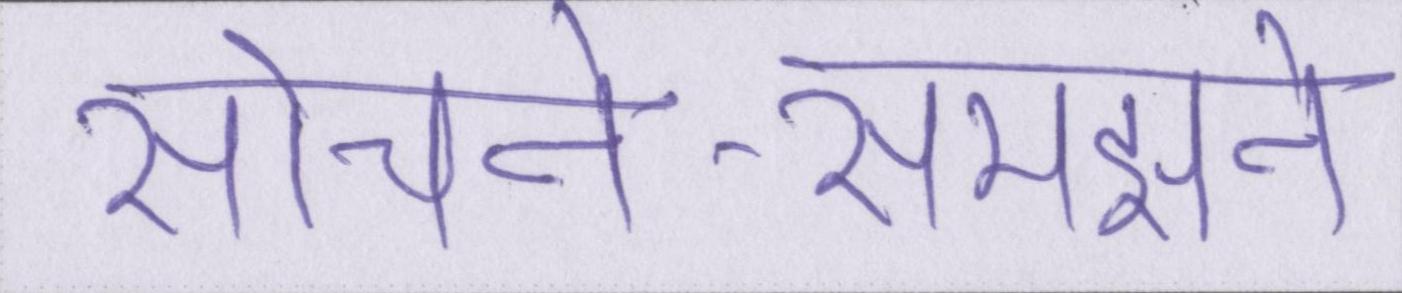
सोचने-समझने